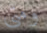
ومتى